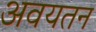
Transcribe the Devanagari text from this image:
अवयतन